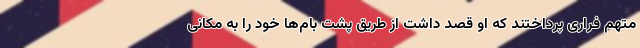
متهم فراری پرداختند که او قصد داشت از طریق پشت بام‌ها خود را به مکانی